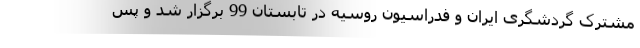
مشترک گردشگری ایران و فدراسیون روسیه در تابستان 99 برگزار شد و پس